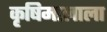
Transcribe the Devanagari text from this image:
कृषिमालाला